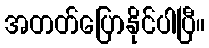
အတတ်ပြောနိုင်ပါပြီ။